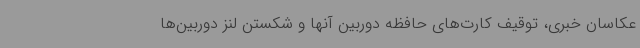
عکاسان خبری، توقیف کارت‌های حافظه دوربین آنها و شکستن لنز دوربین‌ها